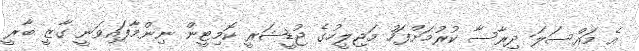
އެ މައްސަލަ ދިރާސާ ކުރުމަށްފަހު މަޖިލީހުގެ ޖުޑީޝަރީ ކޮމިޓީން ނިންމާފައިވަނީ ގާޒީ ބާރީ